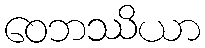
ဝေဘဿိယာ